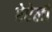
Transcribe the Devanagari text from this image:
ऐऐली